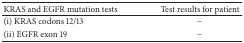
| KRAS and EGFR mutation tests | Test results for patient |
 | --- | --- |
 | (i) KRAS codons 12/13 | − |
 | (ii) EGFR exon 19 | − |